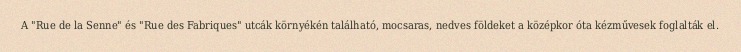
A "Rue de la Senne" és "Rue des Fabriques" utcák környékén található, mocsaras, nedves földeket a középkor óta kézművesek foglalták el.